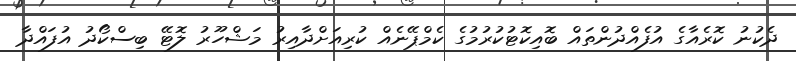
ދެކުނު ކޮރެއާގެ އުފެއްދުންތައް ބޮއިކޮޓުކުރުމުގެ ކެމްޕޭނެއް ކުރިއަށްދާއިރު މަޝްހޫރު ލޮޓޭ ބިސްކޯދު އުފައްދާ